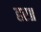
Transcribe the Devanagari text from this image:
हर॥